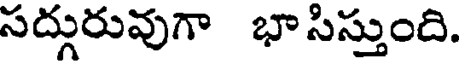
సద్గురువుగా భాసిస్తుంది.